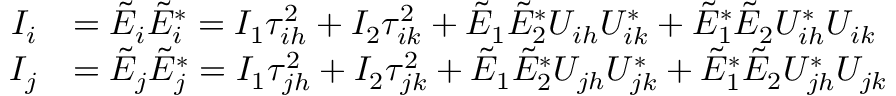
\begin{array} { r l } { I _ { i } } & { = \Tilde { E } _ { i } \Tilde { E } _ { i } ^ { * } = I _ { 1 } \tau _ { i h } ^ { 2 } + I _ { 2 } \tau _ { i k } ^ { 2 } + \Tilde { E } _ { 1 } \Tilde { E } _ { 2 } ^ { * } U _ { i h } U _ { i k } ^ { * } + \Tilde { E } _ { 1 } ^ { * } \Tilde { E } _ { 2 } U _ { i h } ^ { * } U _ { i k } } \\ { I _ { j } } & { = \Tilde { E } _ { j } \Tilde { E } _ { j } ^ { * } = I _ { 1 } \tau _ { j h } ^ { 2 } + I _ { 2 } \tau _ { j k } ^ { 2 } + \Tilde { E } _ { 1 } \Tilde { E } _ { 2 } ^ { * } U _ { j h } U _ { j k } ^ { * } + \Tilde { E } _ { 1 } ^ { * } \Tilde { E } _ { 2 } U _ { j h } ^ { * } U _ { j k } } \end{array}